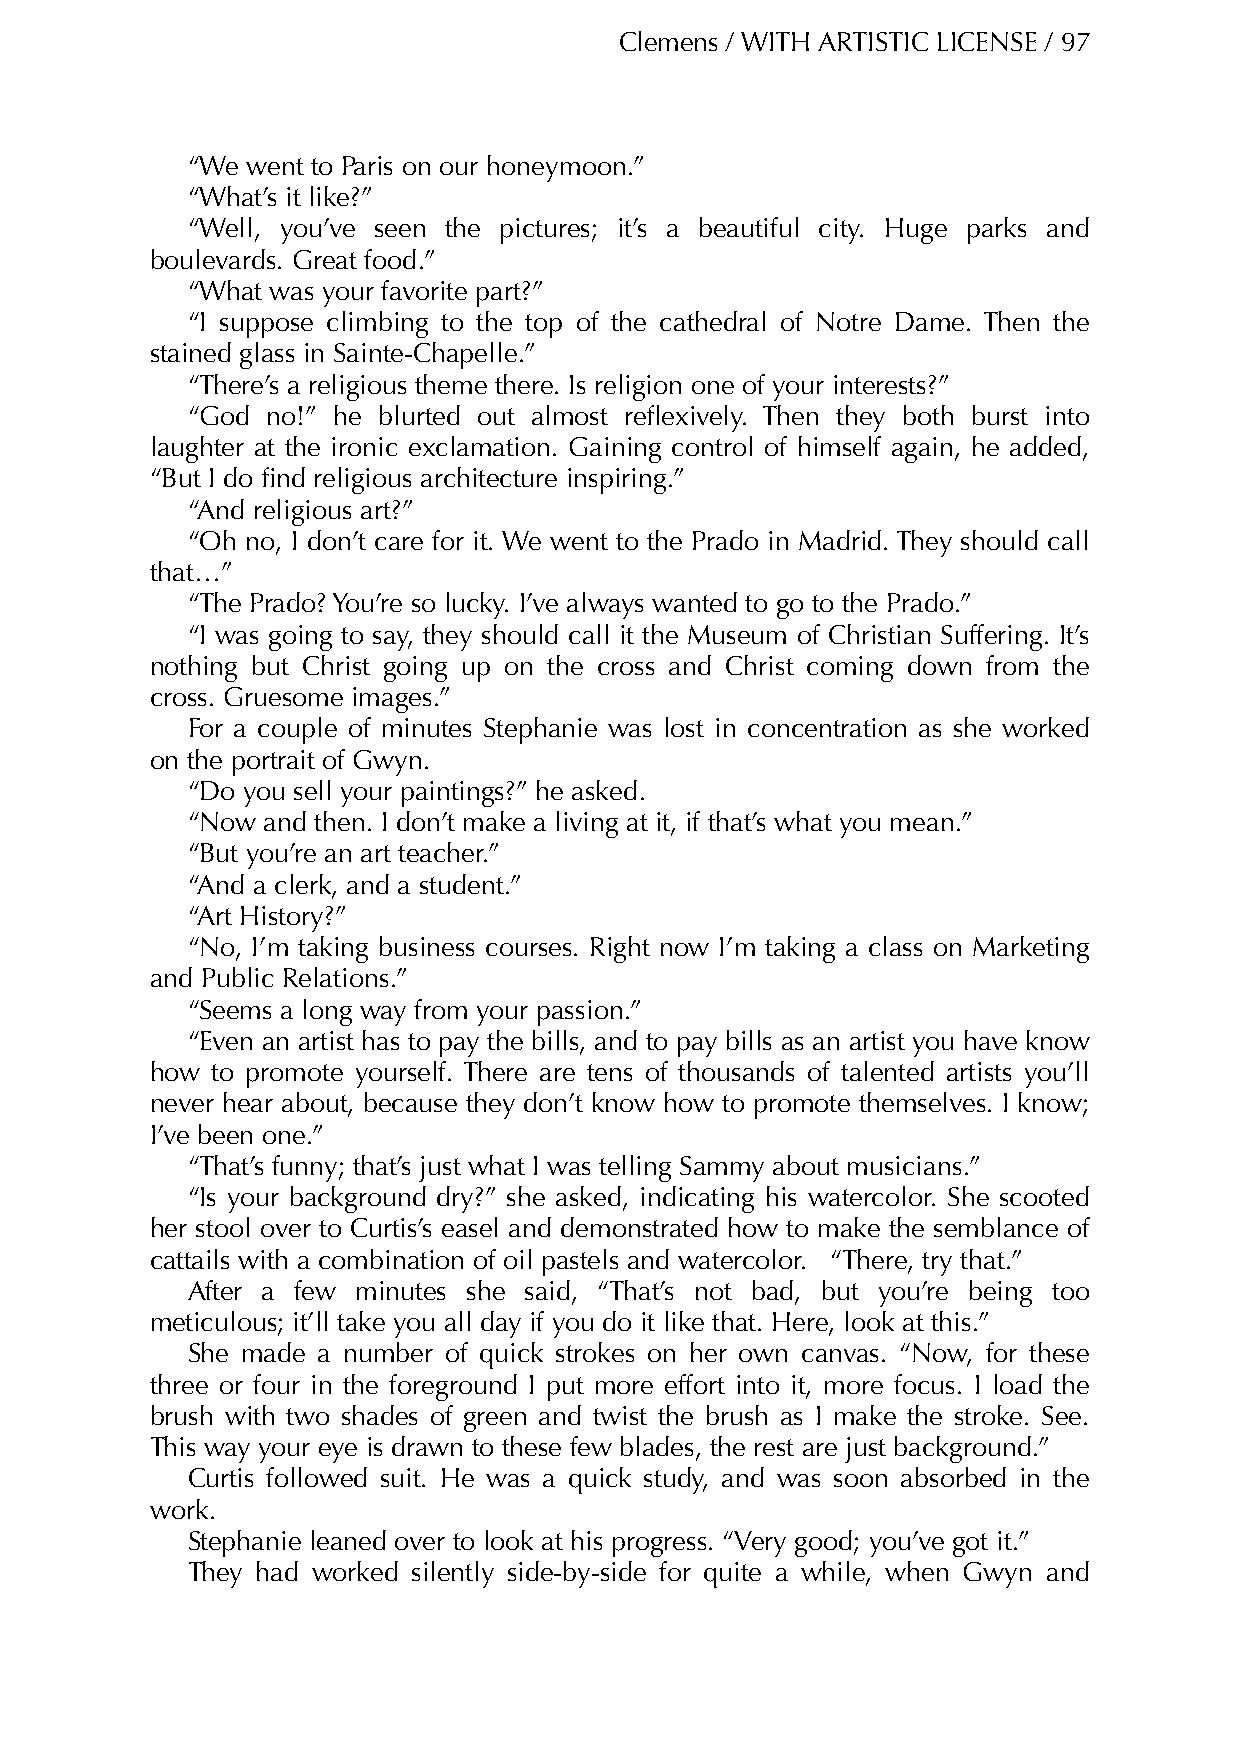
Clemens / WITH ARTISTIC LICENSE / 97
 “We went to Paris on our honeymoon.”
 “What’s it like?”
 “Well, you’ve seen the pictures; it’s a beautiful city. Huge parks and
 boulevards. Great food.”
 “What was your favorite part?”
 “I suppose climbing to the top of the cathedral of Notre Dame. Then the
 stained glass in Sainte-Chapelle.”
 “There’s a religious theme there. Is religion one of your interests?”
 “God  no!” he blurted out almost reflexively. Then they both burst into
 laughter at the ironic exclamation. Gaining control of himself again, he added,
 “But I do find religious architecture inspiring.”
 “And religious art?”
 “Oh no, I don’t care for it. We went to the Prado in Madrid. They should call
 that…”
 “The Prado? You’re so lucky. I’ve always wanted to go to the Prado.”
 “I was going to say, they should call it the Museum of Christian Suffering. It’s
 nothing but Christ going up on the cross and Christ coming down from the
 cross. Gruesome images.”
 For a couple of minutes Stephanie was lost in concentration as she worked
 on the portrait of Gwyn.
 “Do you sell your paintings?” he asked.
 “Now and then. I don’t make a living at it, if that’s what you mean.”
 “But you’re an art teacher.”
 “And a clerk, and a student.”
 “Art History?”
 “No, I’m taking business courses. Right now I’m taking a class on Marketing
 and Public Relations.”
 “Seems a long way from your passion.”
 “Even an artist has to pay the bills, and to pay bills as an artist you have know
 how to promote yourself. There are tens of thousands of talented artists you’ll
 never hear about, because they don’t know how to promote themselves. I know;
 I’ve been one.”
 “That’s funny; that’s just what I was telling Sammy about musicians.”
 “Is your background dry?” she asked, indicating his watercolor. She scooted
 her stool over to Curtis’s easel and demonstrated how to make the semblance of
 cattails with a combination of oil pastels and watercolor. “There, try that.”
 After a few minutes she said, “That’s not bad, but you’re being too
 meticulous; it’ll take you all day if you do it like that. Here, look at this.”
 She made a number of quick strokes on her own canvas. “Now, for these
 three or four in the foreground I put more effort into it, more focus. I load the
 brush with two shades of green and twist the brush as I make the stroke. See.
 This way your eye is drawn to these few blades, the rest are just background.”
 Curtis followed suit. He was a quick study, and was soon absorbed in the
 work.
 Stephanie leaned over to look at his progress. “Very good; you’ve got it.”
 They had worked silently side-by-side for quite a while, when Gwyn and